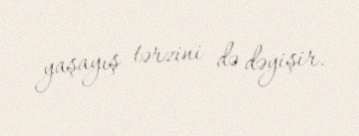
yaşayış tərzini də dəyişir.